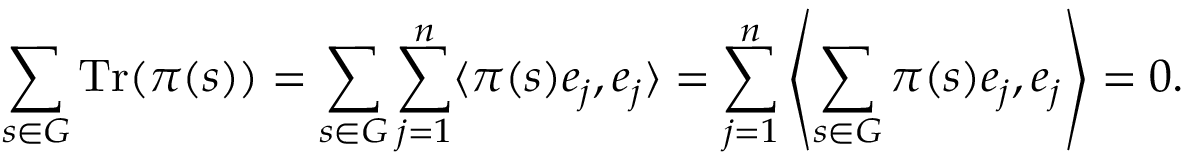
\sum _ { s \in G } { \mathrm { T r } } ( \pi ( s ) ) = \sum _ { s \in G } \sum _ { j = 1 } ^ { n } \langle \pi ( s ) e _ { j } , e _ { j } \rangle = \sum _ { j = 1 } ^ { n } \left\langle \sum _ { s \in G } \pi ( s ) e _ { j } , e _ { j } \right\rangle = 0 .